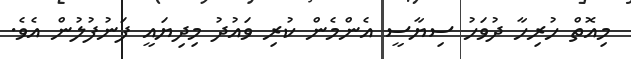
މިއޮތް ހުރިހާ ދުވަހު ސިޔާސީ އެންމެން ކުރި ވައުދު މިދިޔައީ ފަނުފުލުން އެވެ.